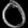
Digit: ၀